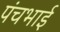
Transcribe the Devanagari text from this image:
पंचभाई